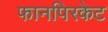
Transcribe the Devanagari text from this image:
फानपिरकेट